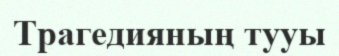
Трагедияның тууы